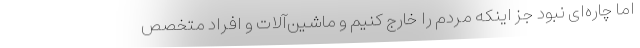
اما چاره‌ای نبود جز اینکه مردم را خارج کنیم و ماشین‌آلات و افراد متخصص